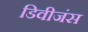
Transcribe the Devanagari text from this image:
डिवीजंस